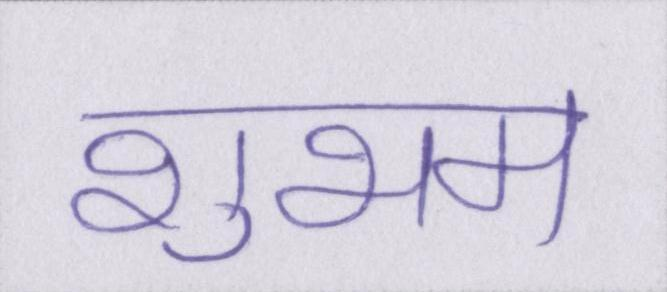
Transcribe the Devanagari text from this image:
शुभम